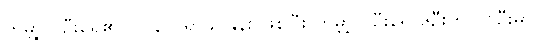
ကမ္ဘာ့လူဦးရေ၏ ၁၇.၃၁ ရာခိုင်နှုန်း ဖြစ်ပြီး ကမ္ဘာ့လူဦးရေ ၆ဦးတွင် ၁ဦးမှာ